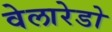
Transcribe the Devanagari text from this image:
वेलारेडो